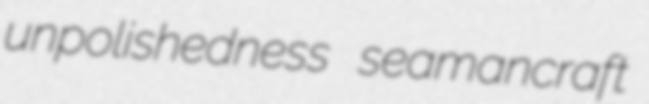
unpolishedness seamancraft